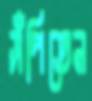
সঁপিতেন